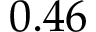
0 . 4 6